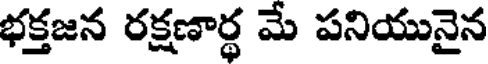
భక్తజన రక్షణార్థ మే పనియునైన